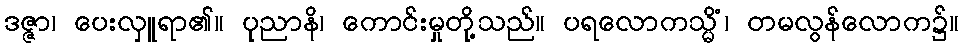
ဒဇ္ဇာ၊ ပေးလှူရာ၏။ ပုညာနိ၊ ကောင်းမှုတို့သည်။ ပရလောကသ္မိံ၊ တမလွန်လောက၌။